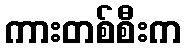
ကားတစ်စီးက